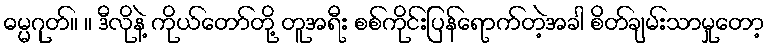
ဓမ္မဂုတ်။ ။ ဒီလိုနဲ့ ကိုယ်တော်တို့ တူအရီး စစ်ကိုင်းပြန်ရောက်တဲ့အခါ စိတ်ချမ်းသာမှုတော့